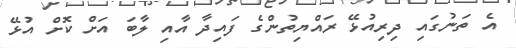
އެ ތަނުގައި ދިރިއުޅޭ ރައްޔިތުންގެ ފައިދާ އާއި ލާބަ އަށް ކޮށް އުޅޭ